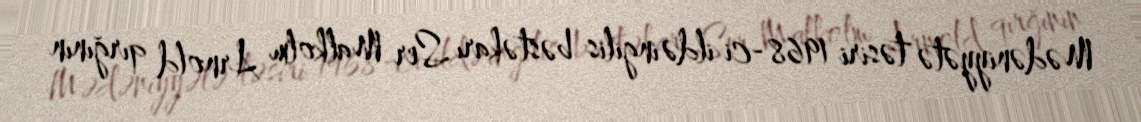
Mədəniyyətə təsiri 1968-ci ildə ingilis bəstəkarı Ser Malkolm Arnold qırğının